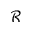
\mathcal { R }